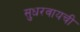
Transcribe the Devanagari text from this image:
सुधरवायची